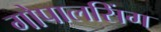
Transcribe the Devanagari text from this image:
गोपालसिंग